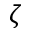
\zeta